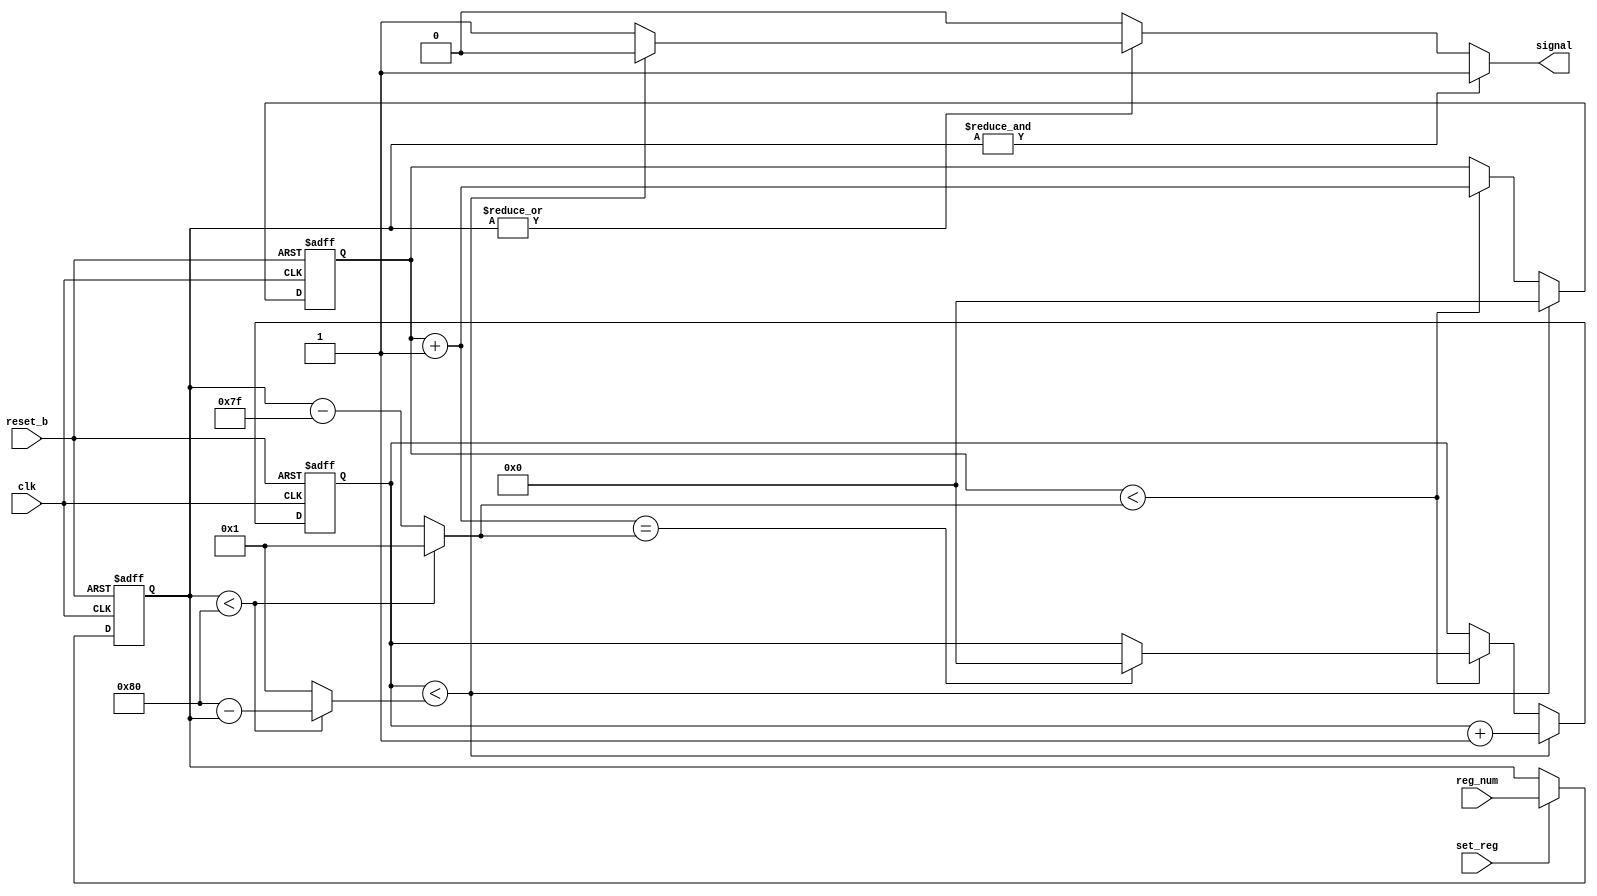
/* processor timer controller 
   Can be used to trigger halt signal 
   to regulate MIPS and power consumption

   255 will cause a solid timer signal
   127 is the center and will cause a signal every other cycle
   0 will stop all signaling 

   Extend the bit count to give finer control
*/

module timer_cont (
		  clk,			// System clock
		  reset_b,		// system reset
		  set_reg,		// signal to set regulator value
		  reg_num,		// value to set regulator to
		  
		  signal);	// timer signal that goes to processor

input clk;
input reset_b;
input set_reg;
input [7:0] reg_num;

output signal;
reg signal;

// Internal signals and regs

reg [7:0] regulator;

reg [7:0] timer_int;
reg [7:0] timer_dur;

reg [7:0] dur_count;
reg [7:0] int_count;

always @(posedge clk or negedge reset_b)
  begin
    if (!reset_b)
      regulator <= 'b 0;
    else
      if (set_reg)
        regulator <= reg_num;
  end

always @(regulator)
  begin
    if (regulator < 8'd 128)
      begin
        timer_int = 8'd 128 - regulator;
        timer_dur = 8'd 1;
      end
    else
      begin
        timer_int = 8'b 1;
        timer_dur = regulator - 8'd 127;
      end
  end

always @(posedge clk or negedge reset_b)
  begin
    if (!reset_b)
      begin
        dur_count <= 'b 0;
        int_count <= 'b 0;
      end
    else
      begin
        if (int_count < timer_int)
          begin
            int_count <= int_count + 1'b 1;
            dur_count <= 'b 0;
          end
        else
          if (dur_count < timer_dur)
            begin
              dur_count <= dur_count + 1'b 1;
              if ((dur_count + 1'b 1) == timer_dur)
                int_count <= 'b 0;
            end
      end
  end

always @(int_count or timer_int or regulator)
  begin
    if (&regulator)
      signal = 1'b 1;
    else
      if (!(|regulator))
        signal = 1'b 0;
      else
        if (int_count < timer_int)
          signal = 1'b 0;
        else
          signal = 1'b 1;
  end

endmodule


/*  $Id: timer_cont.v,v 1.1 2001-10-29 06:12:05 samg Exp $ 
 *  Module : timer_cont 
 *  Function : Programable timer circuit
 *  $Log: not supported by cvs2svn $
 */